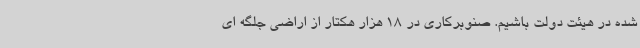
شده در هیئت دولت باشیم. صنوبرکاری در 18 هزار هکتار از اراضی جلگه ای